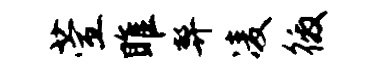
萱雎弊凌徼